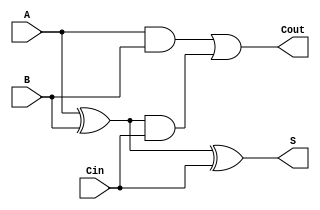
module fa(A, B, Cin, S, Cout);

	input A, B, Cin;
	output S, Cout;
	
	wire w0, w1, w2;
	
	xor(w0, A, B);
	xor(S, w0, Cin);

	and(w1, A, B);
	and(w2, w0, Cin);
	or(Cout, w1, w2);

endmodule //fa